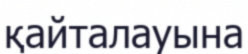
қайталауына